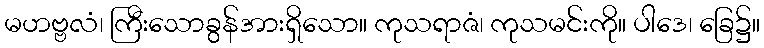
မဟဗ္ဗလံ၊ ကြီးသောခွန်အားရှိသော။ ကုသရာဇံ၊ ကုသမင်းကို။ ပါဒေ၊ ခြေ၌။